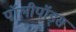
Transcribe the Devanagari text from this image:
पॉलीपॉड्स